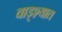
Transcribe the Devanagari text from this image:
वाड्श्यात